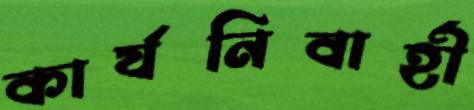
কার্যনিবার্হী